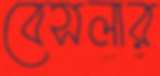
বেসলার